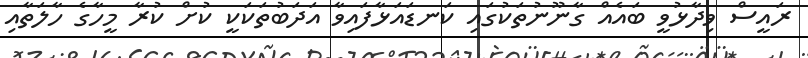
ރައީސް ވިދާޅުވީ ބައެއް ގާނޫނުތަކުގައި ކަނޑައަޅާފައިވާ އަދަބުތަކަކީ ކުށް ކުރާ މީހާގެ ހާލަތާއި